Papers set at the Examination for Leaving Certificates, 1893
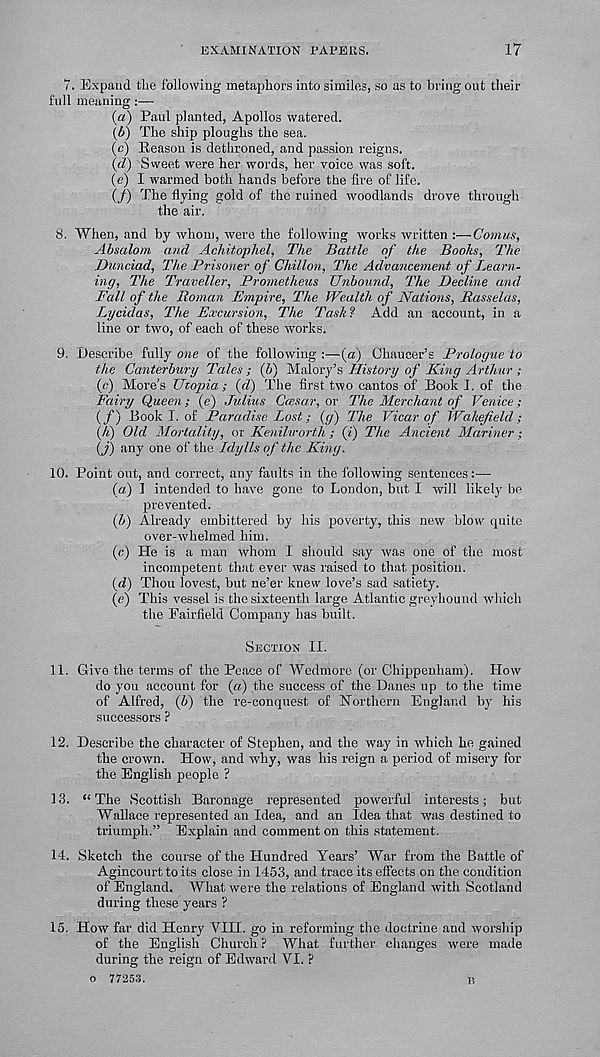
EXAMINATION PAPERS.
17
7.
Expand tlie following metaphors into similes, so as to brin
full meaning :—■
(a) Paul planted, Apollos watered.
(b) The ship ploughs the sea.
(c) Reason is dethroned, and passion reigns.
(d) Sweet were her words, her voice was soft.
(e) I warmed both hands before the fire of life.
(/) The flying gold of the ruined woodlands drove through
the air.
8. When, and by whom, were the following works written :—Comus,
Absalom and Achitophel, The Battle of the Books, The
Dunciad, The Prisoner of Chillon, The Advancement of Learn-
ing, The Traveller, Prometheus Unbound, The Decline and
Fall of the Roman Empire, The Wealth of Nations, Rasselas,
Lycidas, The Excursion, The Task? Add an account, in a
line or two, of each of these works.
9. Describe fully one of the following :—(a) Chaucer’s Prologue to
the Canterbury Tales ; (6) Malory’s History of King Arthur ;
(c) More’s Utopia ; (d) The first two cantos of Book J. of the
Fairy Queen; (e) Julius Ccesar, or The Merchant of Venice;
(f)
Book I. of Paradise Lost; (g) Th
Qi) Old Mortality, or Kenilworth; (i) The Ancient Mariner;
(J) any one of the Idylls of the King.
10. Point out, and correct, any faults in the following sentences:—■
(a) I intended to have gone to London, but I will likely be
prevented.
(i) Already embittered by his poverty, this new blow quite
over-whelmed him.
(c) He is a man whom I should say was one of the most
incompetent that ever was raised to that position.
id) Thou lovest, but ne’er knew love’s sad satiety.
(e) This vessel is the sixteenth large Atlantic greyhound which
the Fairfield Company has built.
SECTION II.
11. Give the terms of the Peace of Wedmore (or Chippenham). How
do you account for (a) the success of the Danes up to the time
of Alfred, (&) the re-conquest of Northern England by his
successors ?
12. Describe the character of Stephen, and the way in which he gained
the crown. How, and why, was his reign a period of misery for
the English people ?
13. “ The Scottish Baronage represented powerful interests; but
Wallace represented an Idea, and an Idea that was destined to
triumph.” Explain and comment on this statement.
14. Sketch the course of the Hundred Years’ War from the Battle of
Agincourt to its close in 1453, and trace its effects on the condition
of England. What were the relations of England with Scotland
during these years ?
15. How far did Henry VIII. go in reforming the doctrine and worship
of the English Church ? What further changes were made
during the reign of Edward VI. ?
o 77253.
B